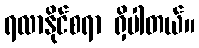
ရလာနိုင်စရာ ရှိပါတယ်။